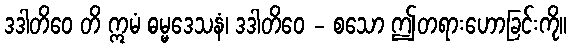
ဒဒါတိဝေ တိ ဣမံ ဓမ္မဒေသနံ၊ ဒဒါတိဝေ - စသော ဤတရားဟောခြင်းကို။